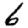
Digit: 6